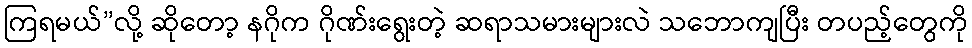
ကြရမယ်”လို့ ဆိုတော့ နဂိုက ဂိုဏ်းရွေးတဲ့ ဆရာသမားများလဲ သဘောကျပြီး တပည့်တွေကို